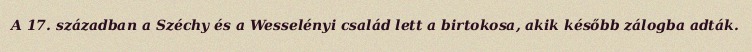
A 17. században a Széchy és a Wesselényi család lett a birtokosa, akik később zálogba adták.